Lunatic asylums United Prov. 1922-30 - 1922-1930
Year: 1922
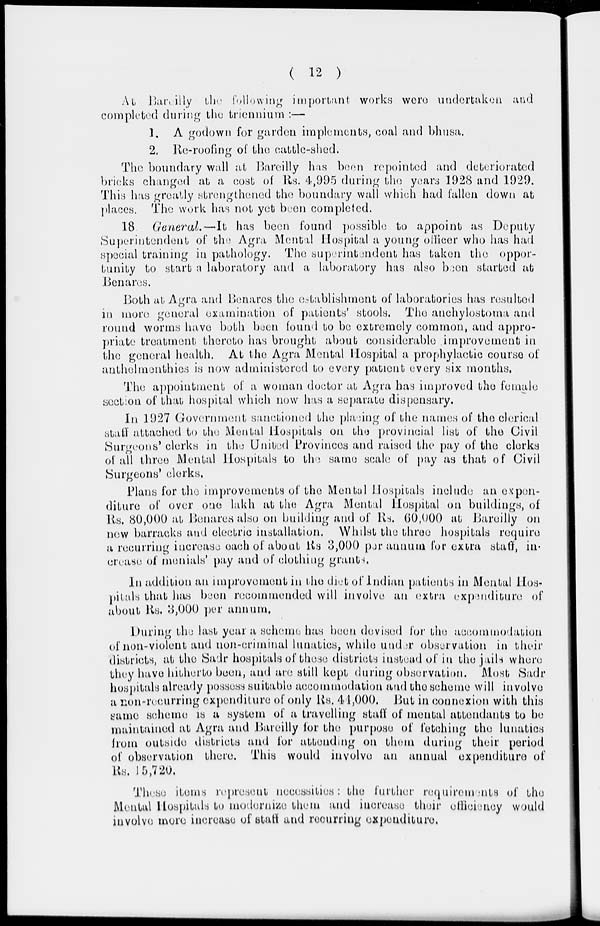
( 12 )
At Bareilly the following important works were undertaken and
completed during the triennium :—
1. A godown for garden implements, coal and bhusa.
2. Re-roofing of the cattle-shed.
The boundary wall at Bareilly has been repointed and deteriorated
bricks changed at a cost of Rs. 4,995 during the years 1928 and 1929.
This has greatly strengthened the boundary wall which had fallen down at
places. The work has not yet been completed.
18
General.—It
has been found possible to appoint as Deputy
Superintendent of the Agra Mental Hospital a young officer who has had
special training in pathology. The superintendent has taken the oppor-
tunity to start a laboratory and a laboratory has also been started at
Benares.
Both at Agra and Benares the establishment of laboratories has resulted
in more general examination of patients' stools. The anchylostoma and
round worms have both been found to be extremely common, and appro-
priate treatment there to has brought about considerable improvement in
the general health. At the Agra Mental Hospital a prophylactic course of
anthelmenthies is now administered to every patient every six months.
The appointment of a woman doctor at Agra has improved the female
section of that hospital which now has a separate dispensary.
In 1927 Government sanctioned the placing of the names of the clerical
staff attached to the Mental Hospitals on the provincial list of the Civil
Surgeons' clerks in the United Provinces and raised the pay of the clerks
of all three Mental Hospitals to the same scale of pay as that of Civil
Surgeons' clerks.
Plans for the improvements of the Mental Hospitals include an expen-
diture of over one lakh at the Agra Mental Hospital on buildings, of
Rs. 80,000 at Benares also on building and of Rs. 60,000 at Bareilly on
new barracks and electric installation. Whilst the three hospitals require
a recurring increase each of about Rs 3,000 per annum for extra staff, in-
crease of monials' pay and of clothing grants.
In addition an improvement in the diet of Indian patients in Mental Hos-
pitals that has been recommended will involve an extra expenditure of
about Rs. 3,000 per annum.
During the last year a scheme has been devised for the accommodation
of non-violent and non-criminal lunatics, while under observation in their
districts, at the Sadr hospitals of these districts instead of in the jails where
they have hither to been, and are still kept during observation. Most Sadr
hospitals already possess suitable accommodation and the scheme will involve
a non-recurring expenditure of only Rs, 44,000. But in connexion with this
same scheme is a system of a travelling staff of mental attendants to be
maintained at Agra and Bareilly for the purpose of fetching the lunatics
from outside districts and for attending on them during their period
of observation there. This would involve an annual expenditure of
Rs. 15,720.
These items represent necessities: the further requirements of the
Mental Hospitals to modernize them and increase their officiency would
involve more increase of staff and recurring expenditure,